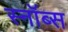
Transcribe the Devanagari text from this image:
स्नॉब्स